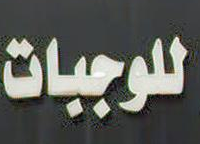
للوجبات